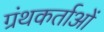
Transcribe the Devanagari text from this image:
ग्रंथकर्ताओं